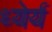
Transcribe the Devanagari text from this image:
ध्येर्य